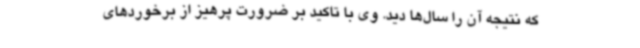
که نتیجه آن را سال‌ها دید. وی با تاکید بر ضرورت پرهیز از برخوردهای